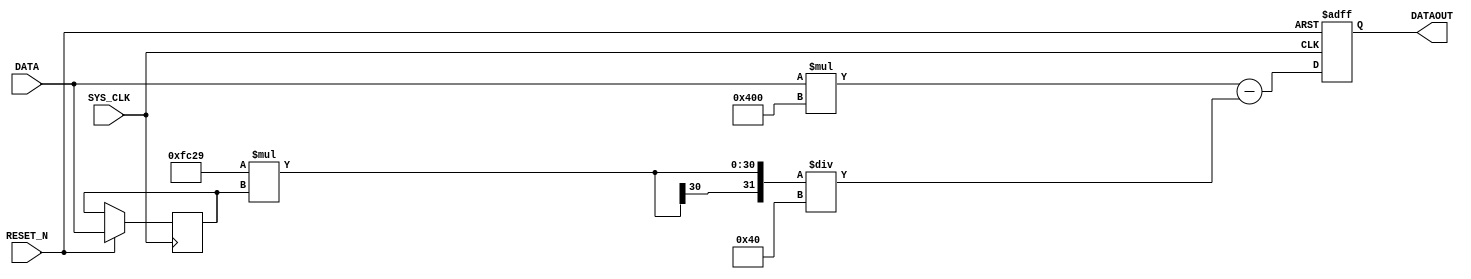
//--- stage 1 - get delta signal 

module GET_DELTA_SIGNAL  
(
	input SYS_CLK  , 
	input RESET_N ,
	input signed[13:0] DATA, 
	output reg signed [31:0] DATAOUT
); 
reg signed [13:0] PRE_DATA;
//reg [13:0] PRE_DATA1;
wire signed [31:0] support_product;

//------temp tranform 
parameter multi_b10 = 64553;//0.985*2^16 = 1048392
//assign support_product = multi_b10*PRE_DATA1;
//assign PRODUCT_PREDATA = support_product[30:15];

initial 
begin
	PRE_DATA = 1'b0;
end

assign support_product = multi_b10*PRE_DATA;
//assign PRODUCT_PREDATA = support_product[24:9];

always @(negedge RESET_N or posedge SYS_CLK)
begin
	if (!RESET_N ) begin
		DATAOUT	<= 1'd0;
	end
	else begin
		//PRE_DATA1 <= PRE_DATA;
		
		
		DATAOUT <= (DATA*1024) -(support_product/64);//DATAOUT <= (DATA << 10) -(support_product >> 6);
		PRE_DATA <= DATA;
	end
end


endmodule